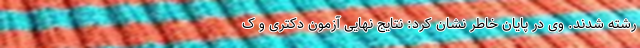
رشته شدند. وی در پایان خاطر نشان کرد: نتایج نهایی آزمون دکتری و ک